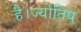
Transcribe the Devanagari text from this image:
है।ज्योतिष